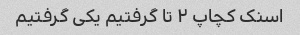
اسنک کچاپ ۲ تا گرفتیم یکی گرفتیم